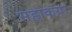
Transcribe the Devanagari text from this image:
महाकयः